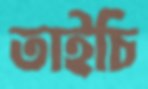
তাইচি